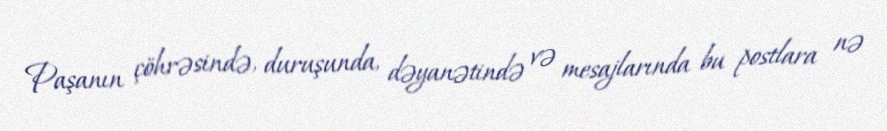
Paşanın çöhrəsində, duruşunda, dəyanətində və mesajlarında bu postlara nə